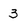
Character: 3